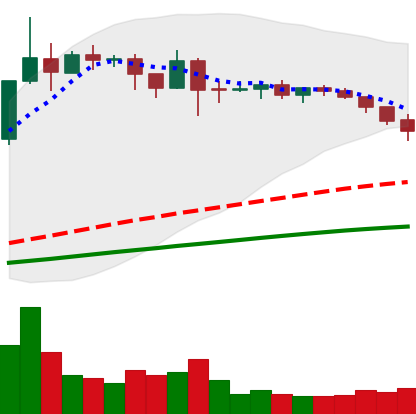
Ticker: ADA-USD
Chart end date: 2019-04-21
Forward return: -6.595%
Label: down_5_7